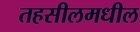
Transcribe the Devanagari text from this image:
तहसीलमधील